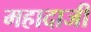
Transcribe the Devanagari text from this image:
महादाजी